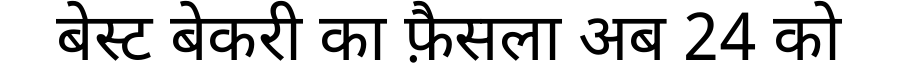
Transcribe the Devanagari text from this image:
बेस्ट बेकरी का फ़ैसला अब 24 को